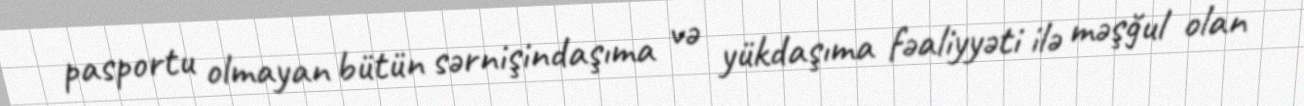
pasportu olmayan bütün sərnişindaşıma və yükdaşıma fəaliyyəti ilə məşğul olan